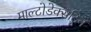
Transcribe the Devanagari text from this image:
माल्टोडेक्सट्रिन